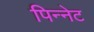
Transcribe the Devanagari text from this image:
पिन्नेट